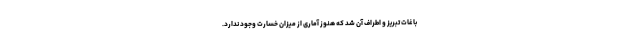
باغات تبریز و اطراف آن شد که هنوز آماری از میزان خسارت وجود ندارد.